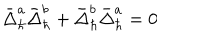
LaTeX: \bar { \Delta } _ { \hbar } ^ { a } \bar { \Delta } _ { \hbar } ^ { b } + \bar { \Delta } _ { \hbar } ^ { b } \bar { \Delta } _ { \hbar } ^ { a } = 0